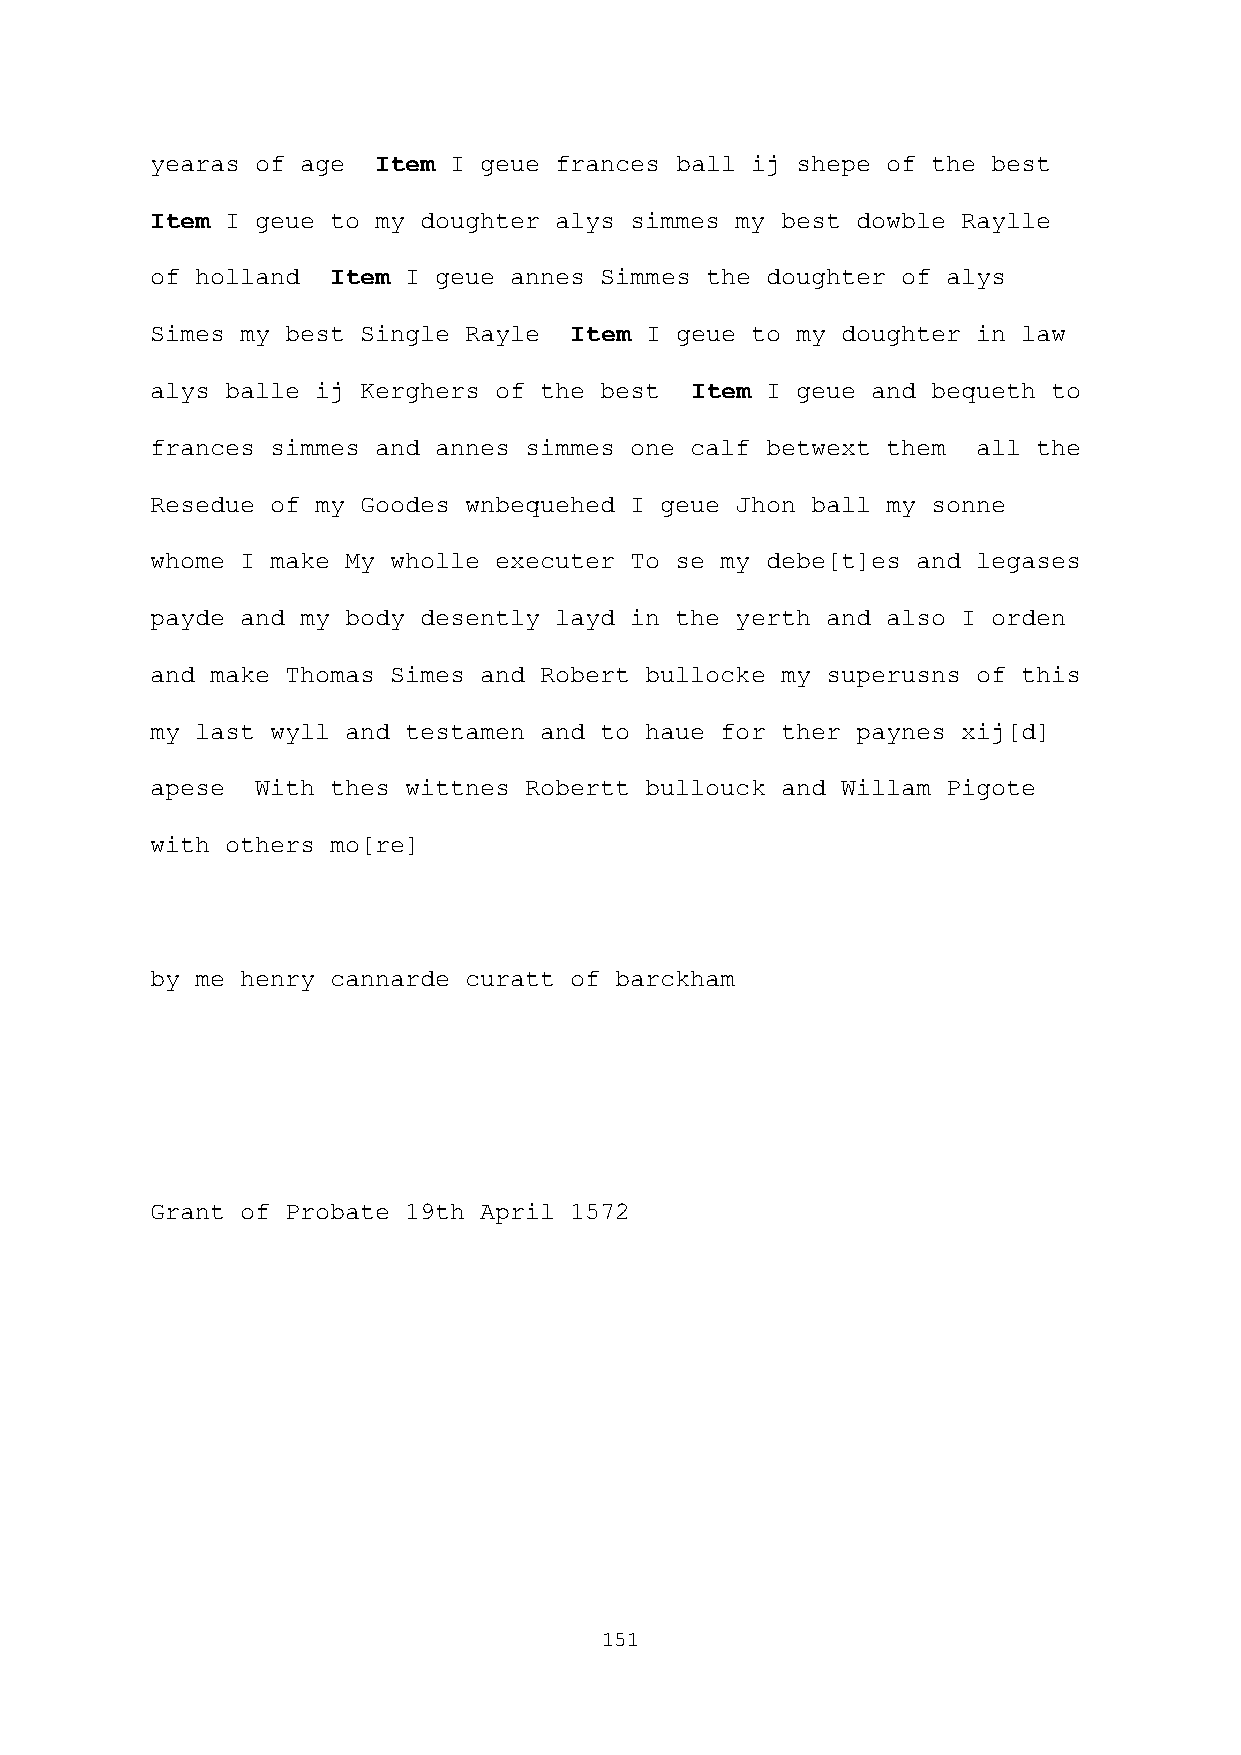
yearas of age  Item I geue frances ball ij shepe of the best
 Item I geue to my doughter alys simmes my best dowble Raylle
 of holland  Item I geue annes Simmes the doughter of alys
 Simes my best Single Rayle  Item I geue to my doughter in law
 alys balle ij Kerghers of the best  Item I geue and bequeth to
 frances simmes and annes simmes one calf betwext them  all the
 Resedue of my Goodes wnbequehed I geue Jhon ball my sonne
 whome I make My wholle executer To se my debe[t]es and legases
 payde and my body desently layd in the yerth and also I orden
 and make Thomas Simes and Robert bullocke my superusns of this
 my last wyll and testamen and to haue for ther paynes xij[d]
 apese  With thes wittnes Robertt bullouck and Willam Pigote
 with others mo[re]
 by me henry cannarde curatt of barckham
 Grant of Probate 19th April 1572
 151